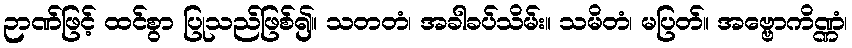
ဉာဏ်ဖြင့် ထင်စွာ ပြုသည်ဖြစ်၍။ သတတံ၊ အခါခပ်သိမ်း။ သမိတံ၊ မပြတ်။ အဗ္ဗောကိဏ္ဏံ၊